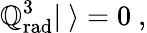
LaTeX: \mathbb{Q}_{\mathrm{{rad}}}^{3}|\ \rangle=0\ ,